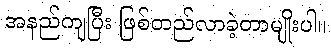
အနည်ကျပြီး ဖြစ်တည်လာခဲ့တာမျိုးပါ။